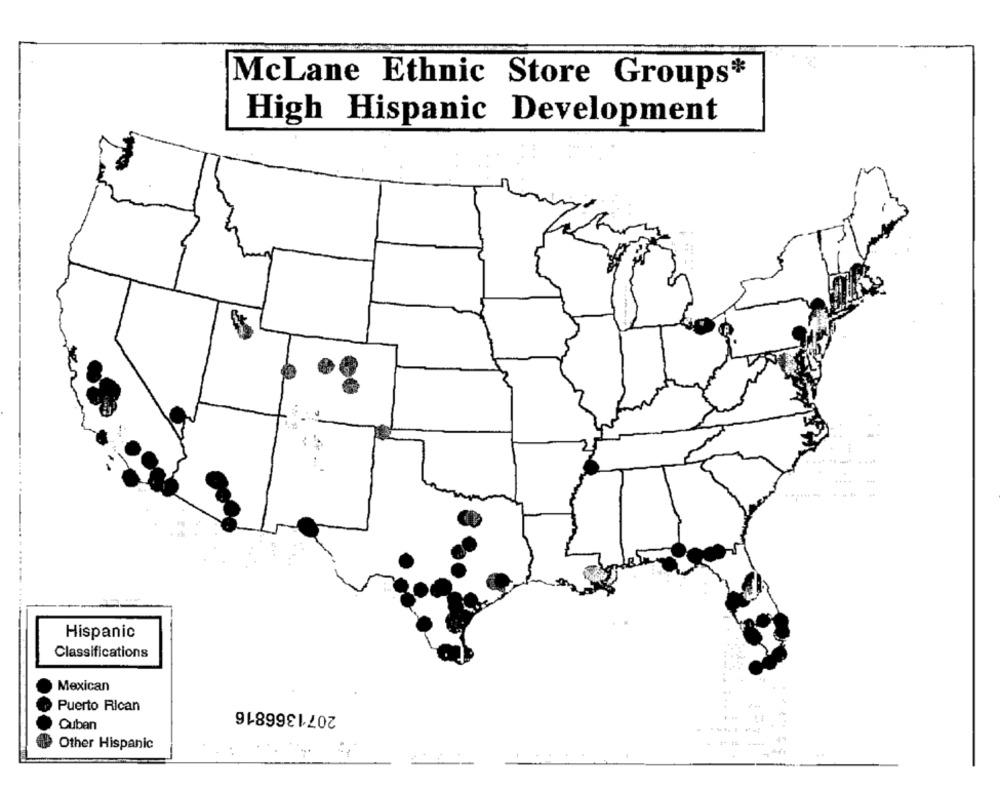
McLane Ethnic Store Groups*
High Hispanic Development
Hispanic
Classifications
Mexican
2071366816
Puerto Rican
Cuban
14
Other Hispanic